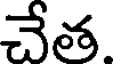
చేత